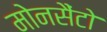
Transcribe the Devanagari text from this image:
मोनसैंटो